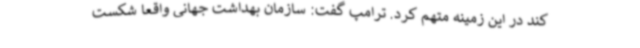
کند در این زمینه متهم کرد. ترامپ گفت: سازمان بهداشت جهانی واقعا شکست